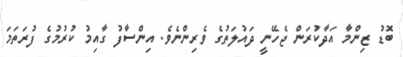
ބޮޑު ޒިންމާ އަދާކުރަން ޖެހޭނީ ދައުލަތުގެ ވެރިންނެވެ. އިންސާފު ގާއިމު ކުރުމުގެ ފުރަތަމަ